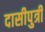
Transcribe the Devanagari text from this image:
दासीपुत्री